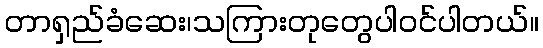
တာရှည်ခံဆေး၊သကြားတုတွေပါဝင်ပါတယ်။